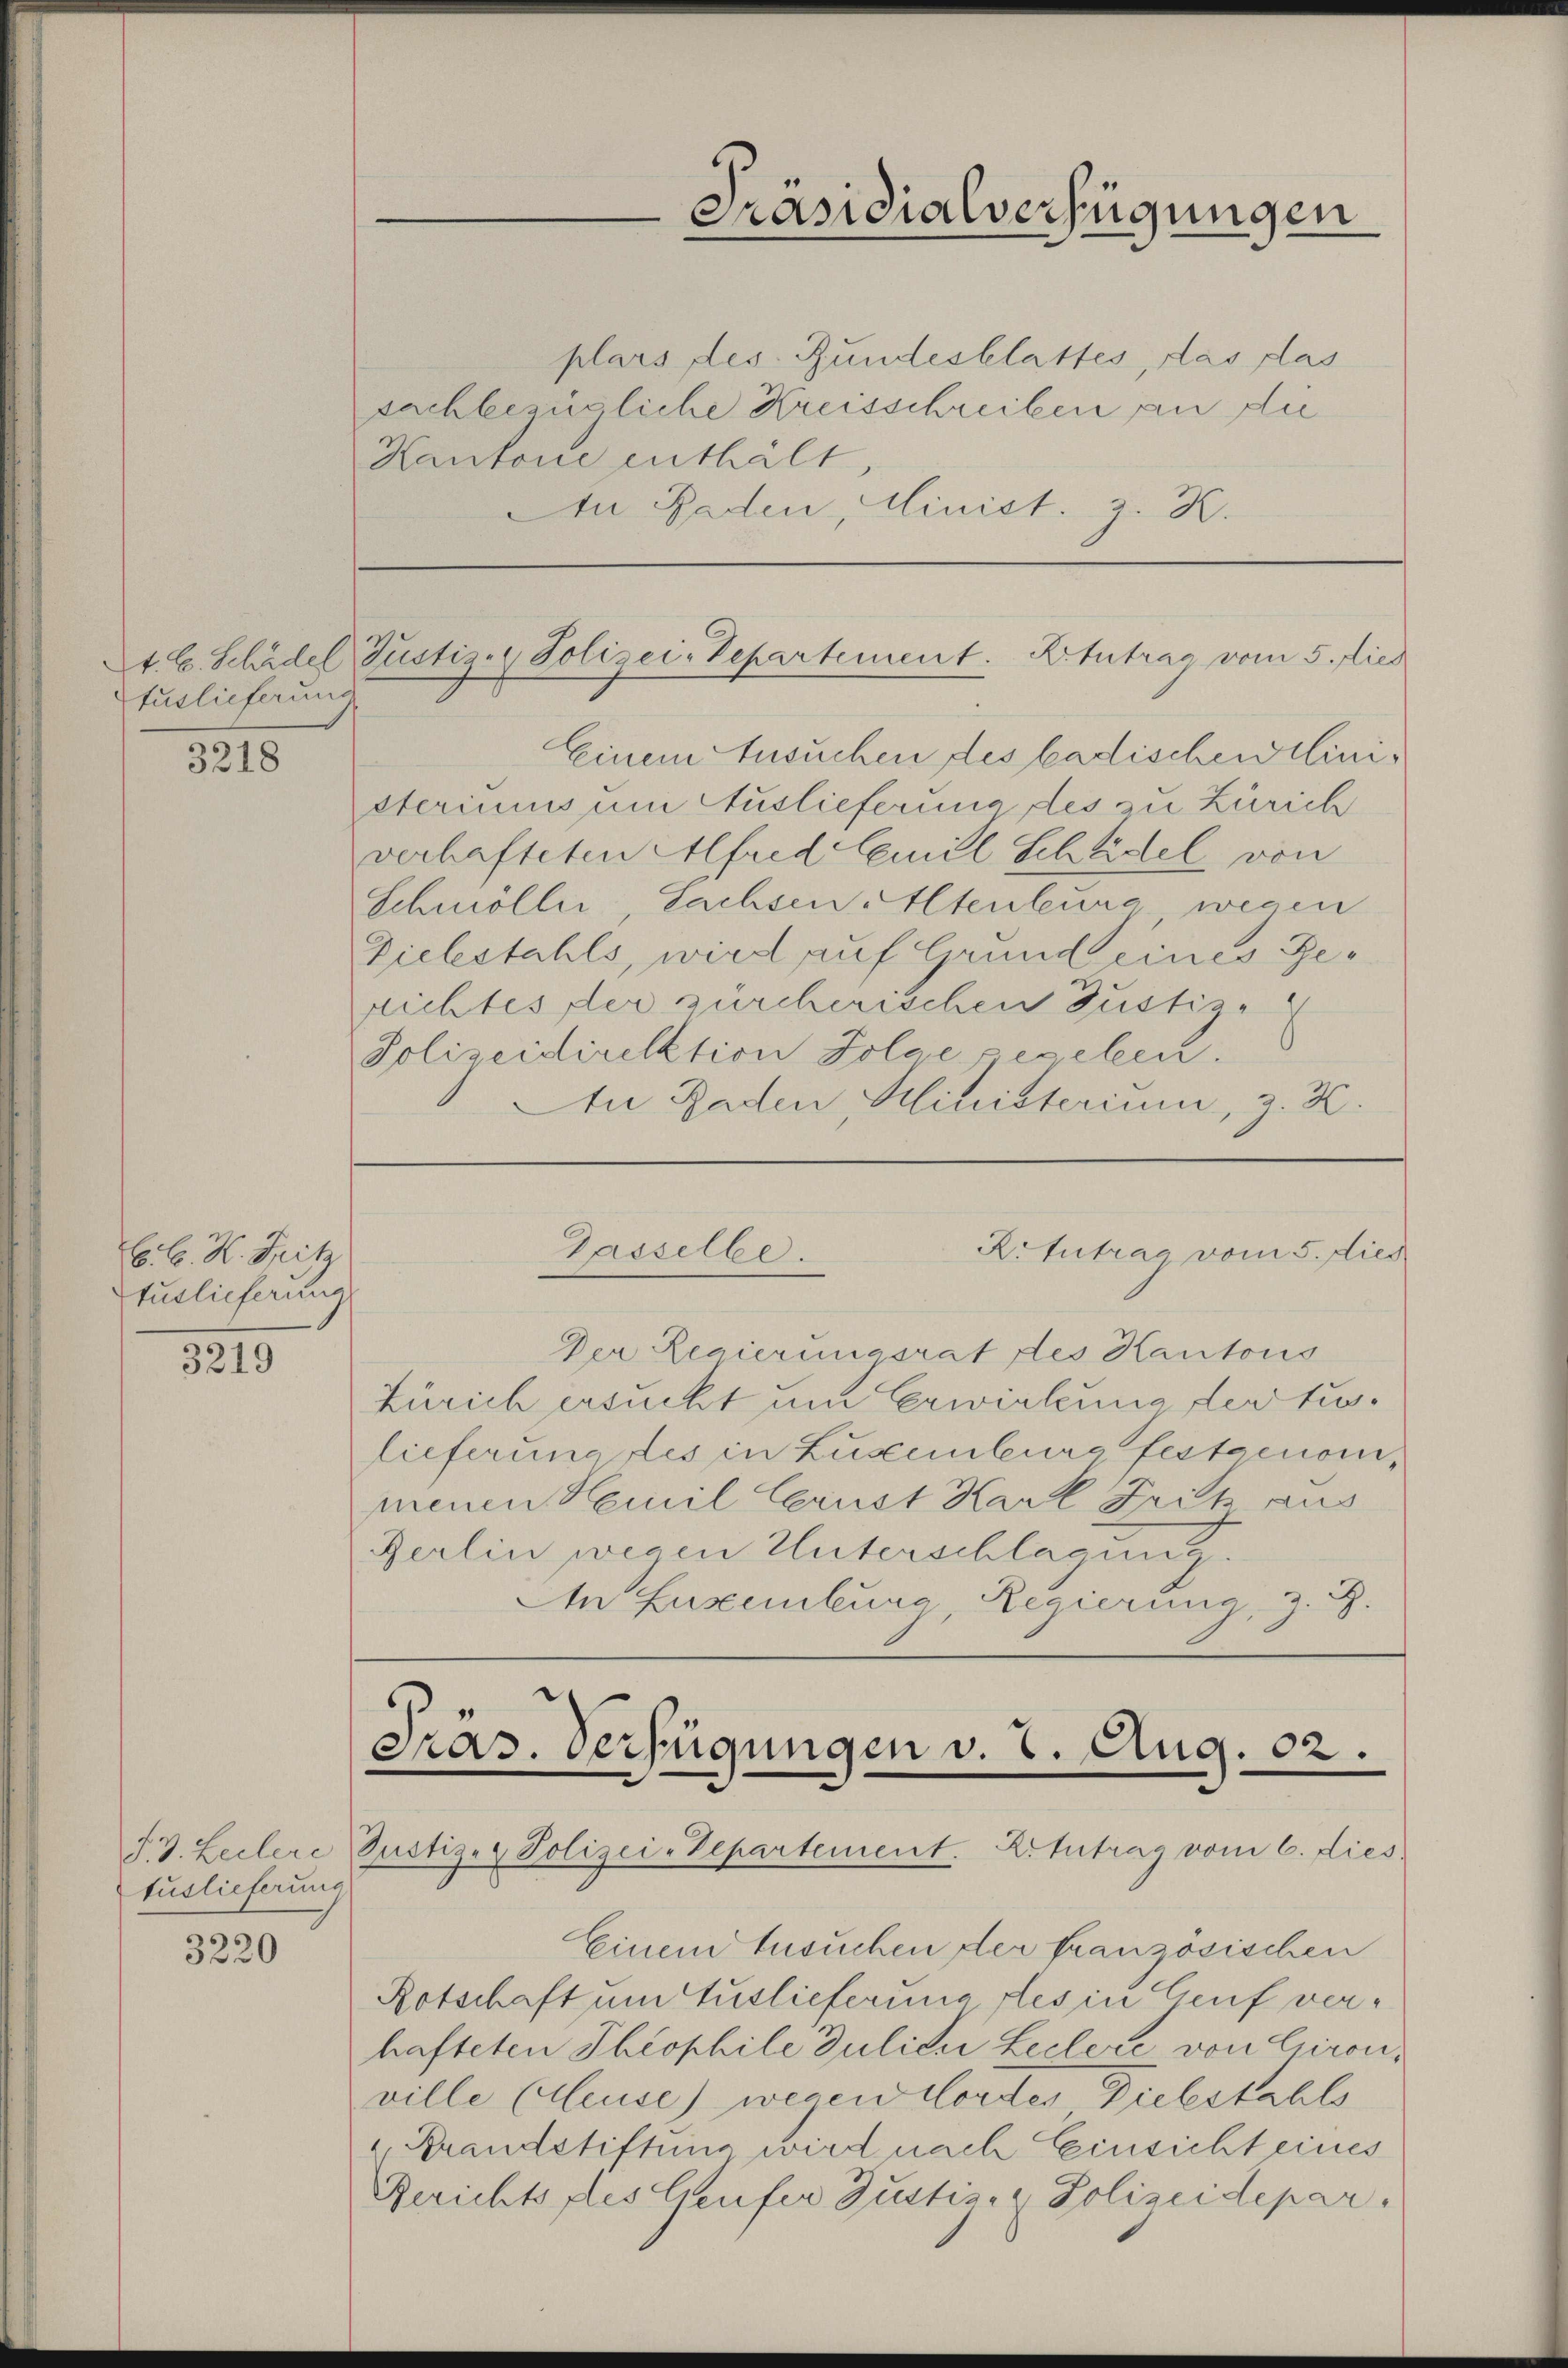
tuslieferung.

3218

C. C. K. Fritz
tuslieferung

3219

tuslieferung

3220

plars des Bundesblattes, das das
sachbezügliche Kreisschreiben an die
Kantone enthält
An Baden, Minist. z. K.

Präsidialverfügungen

2t. C. Schädel Justiz- & Polizei-Separtement. K. tutrag vom 5. dies

Einem Ansuchen des badischen einisteriums um Auslieferung des zu Zürich
verhafteten Alfred Emil Schädel von
Schmöller-Sachsen Altenburg wegen
Vielestahls, wird auf Grund eines Gerichtes der zürcherischen Gustiz-
Polizeidirektion Folge gegeben.
An Baden Ministerium, z. Z.

Gasselbe.
R.Zutrag vom 5. dies

Der Regierungsrat des Kantons
Zürich ersucht um Erwirkung der tulieferung des in Zugenburg festgenommenen Hemil Cerust Karl Fritz aus
Herlin wegen Unterschlagung.
tn Euremburg, Regierung, z. B.

Pras. Verfügungen v. 2. Aug. 02.
F. v. Leitere Justiz- & Polizei-Departement. 2. Antrag vom 6. dies

Einem Ansuchen der französischen
Rotschaft um Auslieferung des in Genf verhafteten Theophile Julien Leclere, von Chironville (leuse) wegen Mordes Diebstahls
 Krandstiftung wird nach Einsicht eines
Berichts des Genfer Justizer Polizeidepar